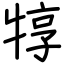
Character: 犉